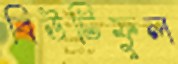
বিউটিফুল